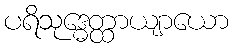
ပရိသုဒ္ဓေတ္ထာယျာယော